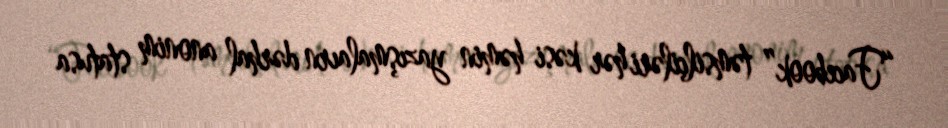
“Facebook” təmsilçiləri hər kəsi həmin yazışmalaırn dərhal anonim statusa